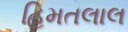
હિમતલાલ